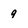
Character: 9